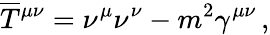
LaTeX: \overline{{T}}{^{\mu\nu}}=\nu^{\mu}\nu^{\nu}-m^{2}\gamma^{\mu\nu}\, ,